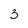
Character: 3